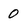
Character: O